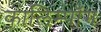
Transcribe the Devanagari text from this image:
कालिम्पाँग